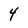
Character: 4